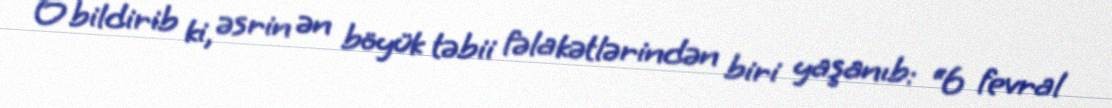
O bildirib ki, əsrin ən böyük təbii fəlakətlərindən biri yaşanıb: “6 fevral